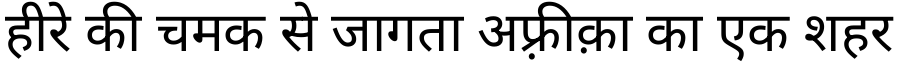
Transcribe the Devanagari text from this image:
हीरे की चमक से जागता अफ़्रीक़ा का एक शहर